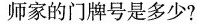
师家的门牌号是多少?